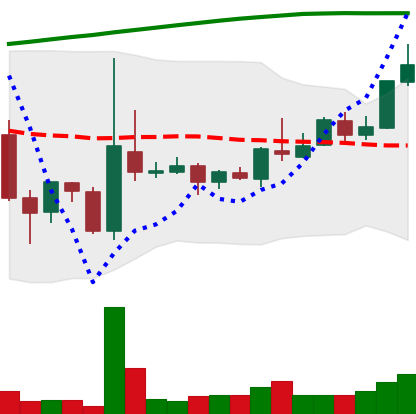
Ticker: TRX-USD
Chart end date: 2018-04-19
Forward return: 48.526%
Label: up_7plus